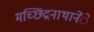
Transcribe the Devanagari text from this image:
मच्छिंद्रनाथानेेंे